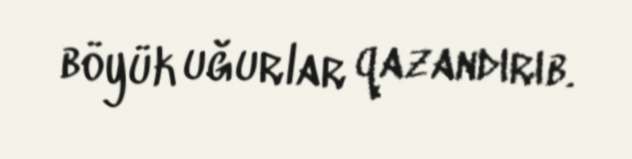
böyük uğurlar qazandırıb.